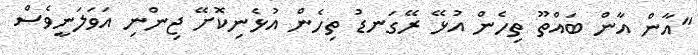
"އާން އާން ބައްތޫ ތިހެން އުޅޭ ރޭގަނޑު ތިހެން އުޅެނިކޮށޭ ޖިންނި އަވަލަނީވެސް